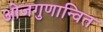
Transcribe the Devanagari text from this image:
ओजगुणान्वित